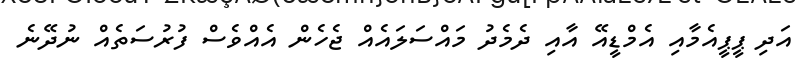
އަދި ޕީޕީއެމާއި އެމްޑީއޭ އާއި ދެމެދު މައްސަލައެއް ޖެހެން އެއްވެސް ފުރުސަތެއް ނުދޭނެ